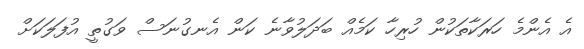
އެ އެންމެ ހަރަކާތަކުން ހުރިހާ ކަމެއް ބަދަލުވާނެ ކަން އެނގުނަސް ވަގުތީ އުފަލަކަށް